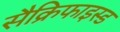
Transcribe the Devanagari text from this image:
सैक्रिफाइस्ड